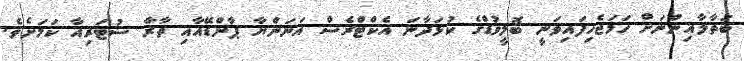
ބަތާލާއިންނަށް ހަމަޖެހިފައިވަނީ ބޮލީވުޑްގެ ކުޅަދާނަ އެކްޓްރެސް އަނަންޔާ ޕާންޑޭއާއި ތާރާ ސުޓަރިއާ ކަމަށެވެ.